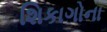
શિકાગોના